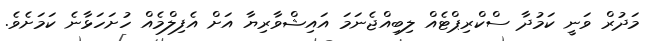
މަދުރް ވަނީ ކަމުދާ ސްކްރިޕްޓެއް ލިބިއްޖެނަމަ އައިޝްވާރިޔާ އަށް އެފިލްމެއް ހުށަހަޅާނެ ކަމަށެވެ.